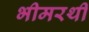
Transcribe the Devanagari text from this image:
भीमरथी